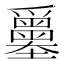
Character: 𡔅